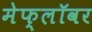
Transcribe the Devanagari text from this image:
मेफ्लॉवर